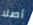
أصلا